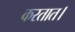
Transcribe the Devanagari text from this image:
करतात।